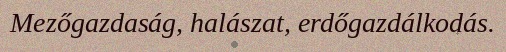
Mezőgazdaság, halászat, erdőgazdálkodás.